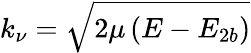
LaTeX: k_{\nu}=\sqrt{2\mu\left(E-E_{2b}\right)}